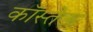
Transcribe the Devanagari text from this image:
कॉस्तेऊ